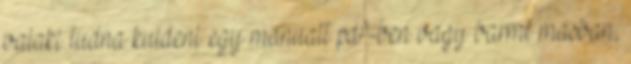
valaki tudna kuldeni egy manualt pdf-ben vagy barmi masban,